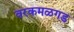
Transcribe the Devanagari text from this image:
वरकमळगड